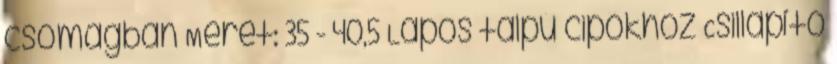
csomagban Méret: 35 - 40,5 Lapos talpú cipőkhöz Csillapító